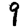
Digit: 9